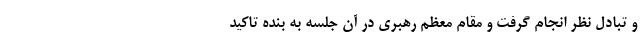
و تبادل نظر انجام گرفت و مقام معظم رهبری در آن جلسه به بنده تاکید